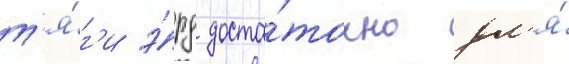
т'я́г'и э́рд доста́точно дл'я́